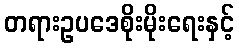
တရားဥပဒေစိုးမိုးရေးနှင့်